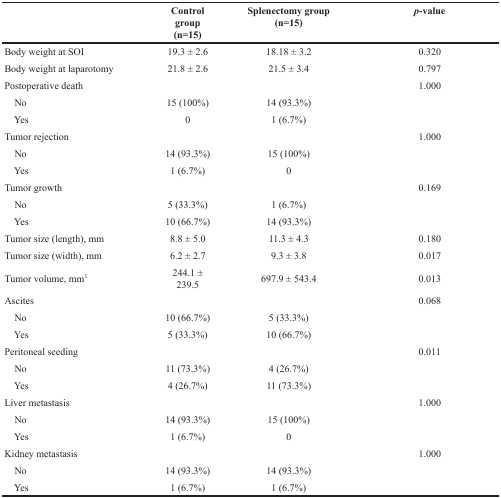
<table><thead><tr><td></td><td><b>Control group(n=15)</b></td><td><b>Splenectomy group(n=15)</b></td><td><b><i>p</i>-value</b></td></tr></thead><tbody><tr><td>Body weight at SOI</td><td>19.3 ± 2.6</td><td>18.18 ± 3.2</td><td>0.320</td></tr><tr><td>Body weight at laparotomy</td><td>21.8 ± 2.6</td><td>21.5 ± 3.4</td><td>0.797</td></tr><tr><td>Postoperative death</td><td></td><td></td><td>1.000</td></tr><tr><td> No</td><td>15 (100%)</td><td>14 (93.3%)</td><td></td></tr><tr><td> Yes</td><td>0</td><td>1 (6.7%)</td><td></td></tr><tr><td>Tumor rejection</td><td></td><td></td><td>1.000</td></tr><tr><td> No</td><td>14 (93.3%)</td><td>15 (100%)</td><td></td></tr><tr><td> Yes</td><td>1 (6.7%)</td><td>0</td><td></td></tr><tr><td>Tumor growth</td><td></td><td></td><td>0.169</td></tr><tr><td> No</td><td>5 (33.3%)</td><td>1 (6.7%)</td><td></td></tr><tr><td> Yes</td><td>10 (66.7%)</td><td>14 (93.3%)</td><td></td></tr><tr><td>Tumor size (length), mm</td><td>8.8 ± 5.0</td><td>11.3 ± 4.3</td><td>0.180</td></tr><tr><td>Tumor size (width), mm</td><td>6.2 ± 2.7</td><td>9.3 ± 3.8</td><td>0.017</td></tr><tr><td>Tumor volume, mm<sup>3</sup></td><td>244.1 ± 239.5</td><td>697.9 ± 543.4</td><td>0.013</td></tr><tr><td>Ascites</td><td></td><td></td><td>0.068</td></tr><tr><td> No</td><td>10 (66.7%)</td><td>5 (33.3%)</td><td></td></tr><tr><td> Yes</td><td>5 (33.3%)</td><td>10 (66.7%)</td><td></td></tr><tr><td>Peritoneal seeding</td><td></td><td></td><td>0.011</td></tr><tr><td> No</td><td>11 (73.3%)</td><td>4 (26.7%)</td><td></td></tr><tr><td> Yes</td><td>4 (26.7%)</td><td>11 (73.3%)</td><td></td></tr><tr><td>Liver metastasis</td><td></td><td></td><td>1.000</td></tr><tr><td> No</td><td>14 (93.3%)</td><td>15 (100%)</td><td></td></tr><tr><td> Yes</td><td>1 (6.7%)</td><td>0</td><td></td></tr><tr><td>Kidney metastasis</td><td></td><td></td><td>1.000</td></tr><tr><td> No</td><td>14 (93.3%)</td><td>14 (93.3%)</td><td></td></tr><tr><td> Yes</td><td>1 (6.7%)</td><td>1 (6.7%)</td><td></td></tr></tbody></table>